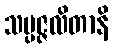
သမ္ပဇ္ဇလိတာနိ